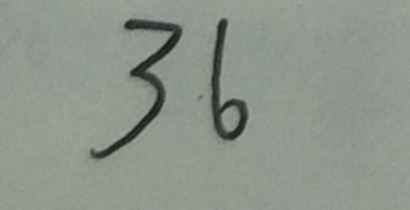
3 6